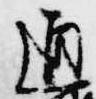
通